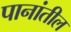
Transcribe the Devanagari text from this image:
पानांतील